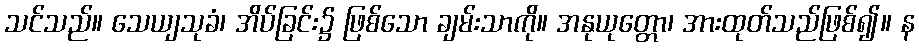
သင်သည်။ သေယျသုခံ၊ အိပ်ခြင်း၌ ဖြစ်သော ချမ်းသာကို။ အနုယုတ္တော၊ အားထုတ်သည်ဖြစ်၍။ န